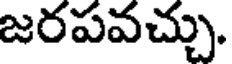
జరపవచ్చు.